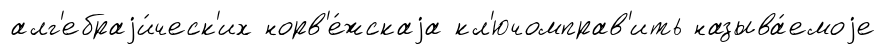
алг'ебраjи́ческ'их норв'е́жскаjа кл'ючомправ'ить называ́емоjе